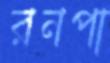
রনপা